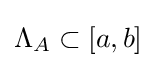
\Lambda _{A}\subset [a,b]